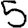
Digit: 5